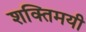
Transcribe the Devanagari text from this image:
शक्तिमयी